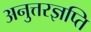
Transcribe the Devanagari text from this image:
अनुत्तरज्ञप्ति